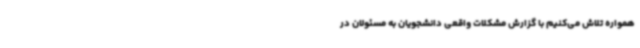
همواره تلاش می‌کنیم با گزارش مشکلات واقعی دانشجویان به مسئولان در